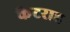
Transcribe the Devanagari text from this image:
कैटराह